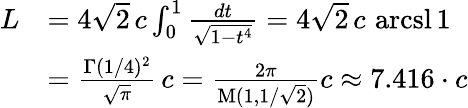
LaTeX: {\begin{array}{rl}{L}&{=4{\sqrt{2}}\, c\int_{0}^{1}{\frac{dt}{\sqrt{1-t^{4}}}}=4{\sqrt{2}}\, c\, \operatorname{arcsl}1}\\ &{={\frac{\Gamma(1/4)^{2}}{\sqrt{\pi}}}\, c={\frac{2\pi}{\operatorname{M}(1,1/{\sqrt{2}})}}c\approx 7{.}416\cdot c}\end{array}}